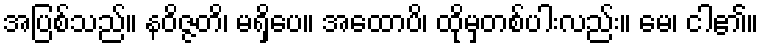
အပြစ်သည်။ နဝိဇ္ဇတိ၊ မရှိပေ။ အထောပိ၊ ထိုမှတစ်ပါးလည်း။ မေ၊ ငါ၏။